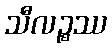
သီလဉ္စဿ